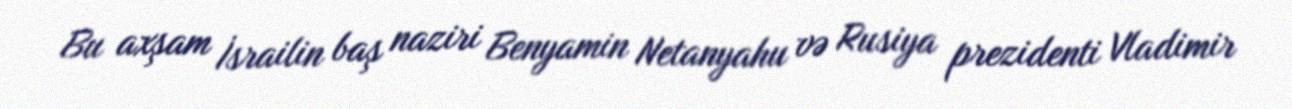
Bu axşam İsrailin baş naziri Benyamin Netanyahu və Rusiya prezidenti Vladimir